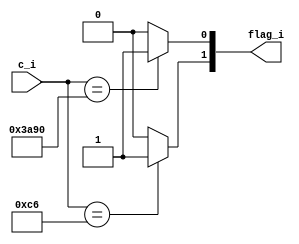
module flag

(
    input  [13:0] c_i,
    output [1:0]  flag_i
);

assign flag_i[1] = c_i == 14'b00000011000110 ? 1 : 0; 
assign flag_i[0] = c_i == 14'b11101010010000 ? 1 : 0;

endmodule